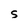
Character: S